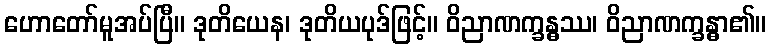
ဟောတော်မူအပ်ပြီ။ ဒုတိယေန၊ ဒုတိယပုဒ်ဖြင့်။ ဝိညာဏက္ခန္ဓဿ၊ ဝိညာဏက္ခန္ဓာ၏။